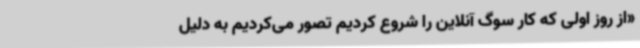
«از روز اولی که کار سوگ آنلاین را شروع کردیم تصور می‌کردیم به دلیل